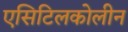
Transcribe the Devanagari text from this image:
एसिटिलकोलीन